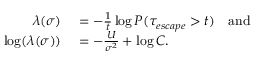
\begin{array} { r l } { \lambda ( \sigma ) } & { { } = - \frac { 1 } { t } \log P ( \tau _ { e s c a p e } > t ) \quad \mathrm { a n d } } \\ { \log ( \lambda ( \sigma ) ) } & { { } = - \frac { U } { \sigma ^ { 2 } } + \log C . } \end{array}